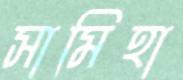
সামিহা